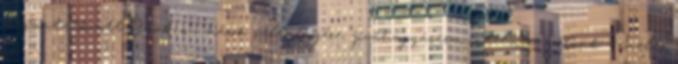
megmutatkozott. Gyakran mások véleményére, jóváhagyására, intelmére várunk - emelte